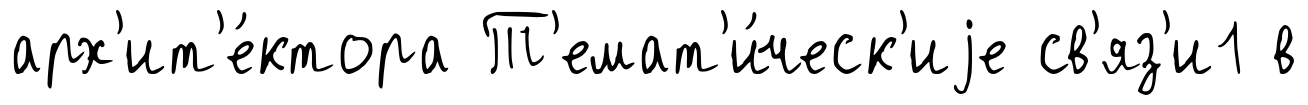
арх'ит'е́ктора Т'емат'и́ческ'иjе св'яз'и1 в